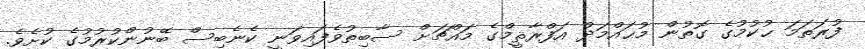
ފުރަތަމަ ޙުކުމުގެ ގޮތުން މުޙައްމަދު އަފްރާޘީމްގެ މައްޗަށް ސާބިތުވެފައިވަނީ ކެނެބިސް ބޭނުންކުރުމުގެ ކުށެވެ.